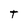
Character: T